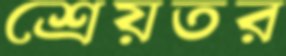
শ্রেয়তর